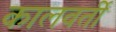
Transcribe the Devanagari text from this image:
कालवर्ती